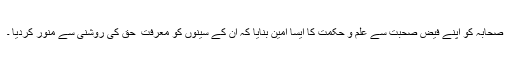
صحابہ کو اپنے فیض صحبت سے علم و حکمت کا ایسا امین بنایا کہ ان کے سینوں کو معرفت ِ حق کی روشنی سے منوّر کردیا ۔